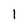
Character: 1